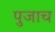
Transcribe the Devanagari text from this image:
पुजाच